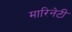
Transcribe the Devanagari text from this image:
मारिनेटी